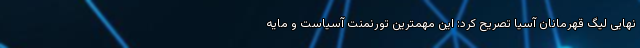
نهایی لیگ قهرمانان آسیا تصریح کرد: این مهمترین تورنمنت آسیاست و مایه